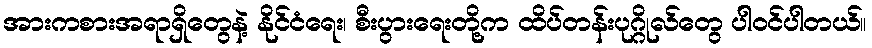
အားကစားအရာရှိတွေနဲ့ နိုင်ငံရေး၊ စီးပွားရေးတို့က ထိပ်တန်းပုဂ္ဂိုလ်တွေ ပါဝင်ပါတယ်။